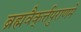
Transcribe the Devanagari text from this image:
ब्रह्मवैक्‌र्त्तपुराणमें